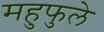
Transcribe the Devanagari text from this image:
महुफुले